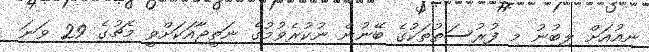
ނިއުއަށް ލިބުނު މި ފުރުސަތުތަކުގެ ބޭނުން ނުކުރެވުމުގެ ނަތީޖާއަކަށްވީ މެޗުގެ 29 ވަނަ